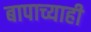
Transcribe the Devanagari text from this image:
बापाच्याही